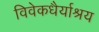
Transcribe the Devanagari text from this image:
विवेकधैर्याश्रय